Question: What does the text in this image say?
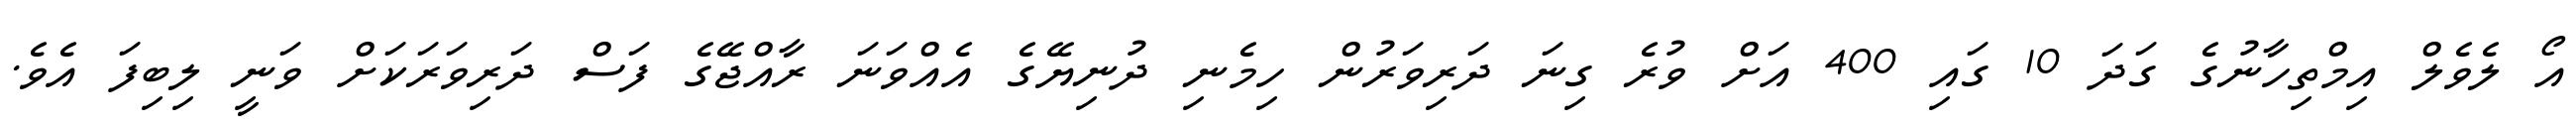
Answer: އޯ ލެވެލް އިމްތިހާނުގެ ގަދަ 10 ގައި 400 އަށް ވުރެ ގިނަ ދަރިވަރުން ހިމެނި ދުނިޔޭގެ އެއްވަނަ ރާއްޖޭގެ ފަސް ދަރިވަރަކަށް ވަނީ ލިބިފަ އެވެ.